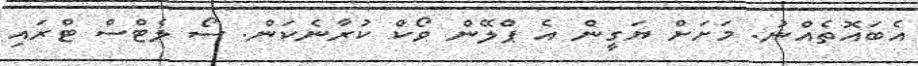
އެބައޮތެއްނު. މަށަށް ޔަގީން އެ ޕްލޭން ވޯކް ކުރާނެކަން. ސޯ ލެޓްސް ޓްރައި